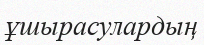
ұшырасулардың